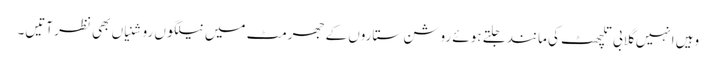
وہیں انہیں گلابی تلچھٹ کی مانند جلتے ہوئے روشن ستاروں کے جھرمٹ میں نیلگوں روشنیاں بھی نظر آتیں۔